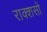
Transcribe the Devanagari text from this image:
राक्शसो